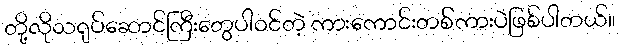
တို့လိုသရုပ်ဆောင်ကြီးတွေပါဝင်တဲ့ ကားကောင်းတစ််ကားပဲဖြစ်ပါတယ်။